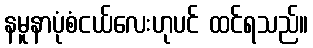
နမူနာပုံစံငယ်လေးဟုပင် ထင်ရသည်။